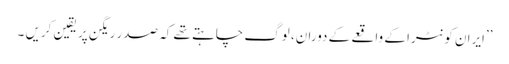
’’ایران کونٹرا کے واقعے کے دوران، لوگ چاہتے تھے کہ صدر ریگن پر یقین کریں ۔